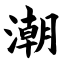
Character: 潮